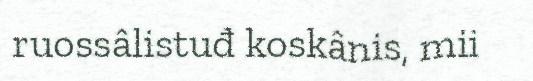
ruossâlistuđ koskânis, mii